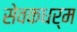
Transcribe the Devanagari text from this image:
सेवकधर्म